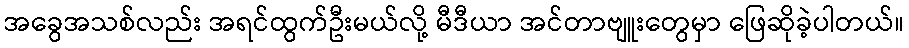
အခွေအသစ်လည်း အရင်ထွက်ဦးမယ်လို့ မီဒီယာ အင်တာဗျူးတွေမှာ ဖြေဆိုခဲ့ပါတယ်။